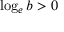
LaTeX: \log _ { e } b > 0